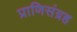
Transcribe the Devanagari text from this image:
प्राणिसंग्रह